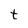
Character: t